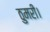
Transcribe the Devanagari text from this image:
ठुमरी।